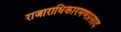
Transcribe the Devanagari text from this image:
राजाराधिकारमणप्रसाद